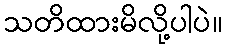
သတိထားမိလို့ပါပဲ။